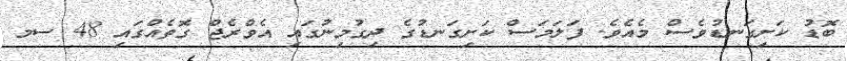
ބޮޑު ކަށިގަނޑުވެސް މެއެވެ. ފަލަމަސް ކަށިގަނޑުގެ ދިގުމިނުގައި އެވްރެޖް ގޮތެއްގައި 48 ސމ